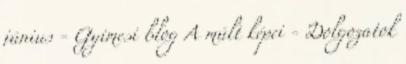
június - Gyimesi blog A múlt képei - Dolgozatok